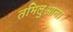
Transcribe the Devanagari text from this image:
तमिलुआना